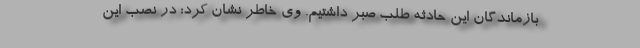
بازماندگان این حادثه طلب صبر داشتیم. وی خاطر نشان کرد: در نصب این